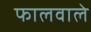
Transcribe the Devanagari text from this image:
फालवाले